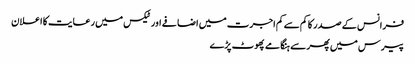
فرانس کے صدر کا کم سے کم اجرت میں اضافے اور ٹیکس میں رعایت کا اعلان
پیرس میں پھر سے ہنگامے پھوٹ پڑے